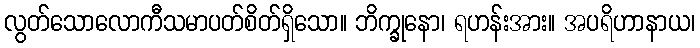
လွတ်သောလောကီသမာပတ်စိတ်ရှိသော။ ဘိက္ခုနော၊ ရဟန်းအား။ အပရိဟာနာယ၊